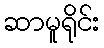
ဆာမူရိုင်း